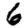
Digit: 6